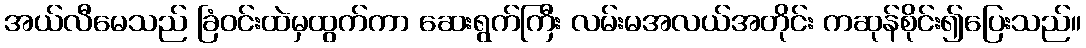
အယ်လီမေသည် ခြံဝင်းထဲမှထွက်ကာ ဆေးရွက်ကြီး လမ်းမအလယ်အတိုင်း ကဆုန်စိုင်း၍ပြေးသည်။